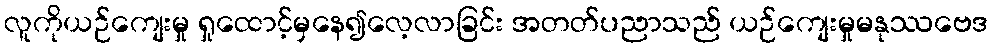
လူကိုယဉ်ကျေးမှု ရှုထောင့်မှနေ၍လေ့လာခြင်း အတတ်ပညာသည် ယဉ်ကျေးမှုမနုဿဗေဒ